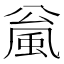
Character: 𫖻